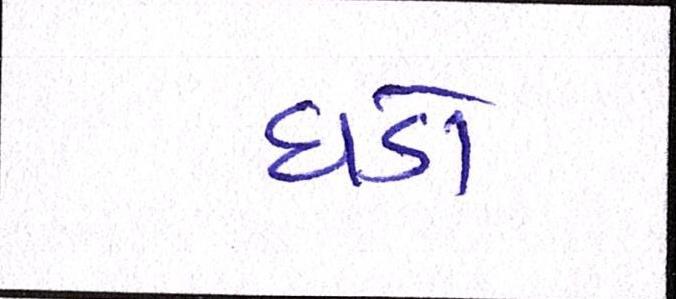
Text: ધડો